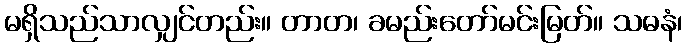
မရှိသည်သာလျှင်တည်း။ တာတ၊ ခမည်းတော်မင်းမြတ်။ သဓနံ၊